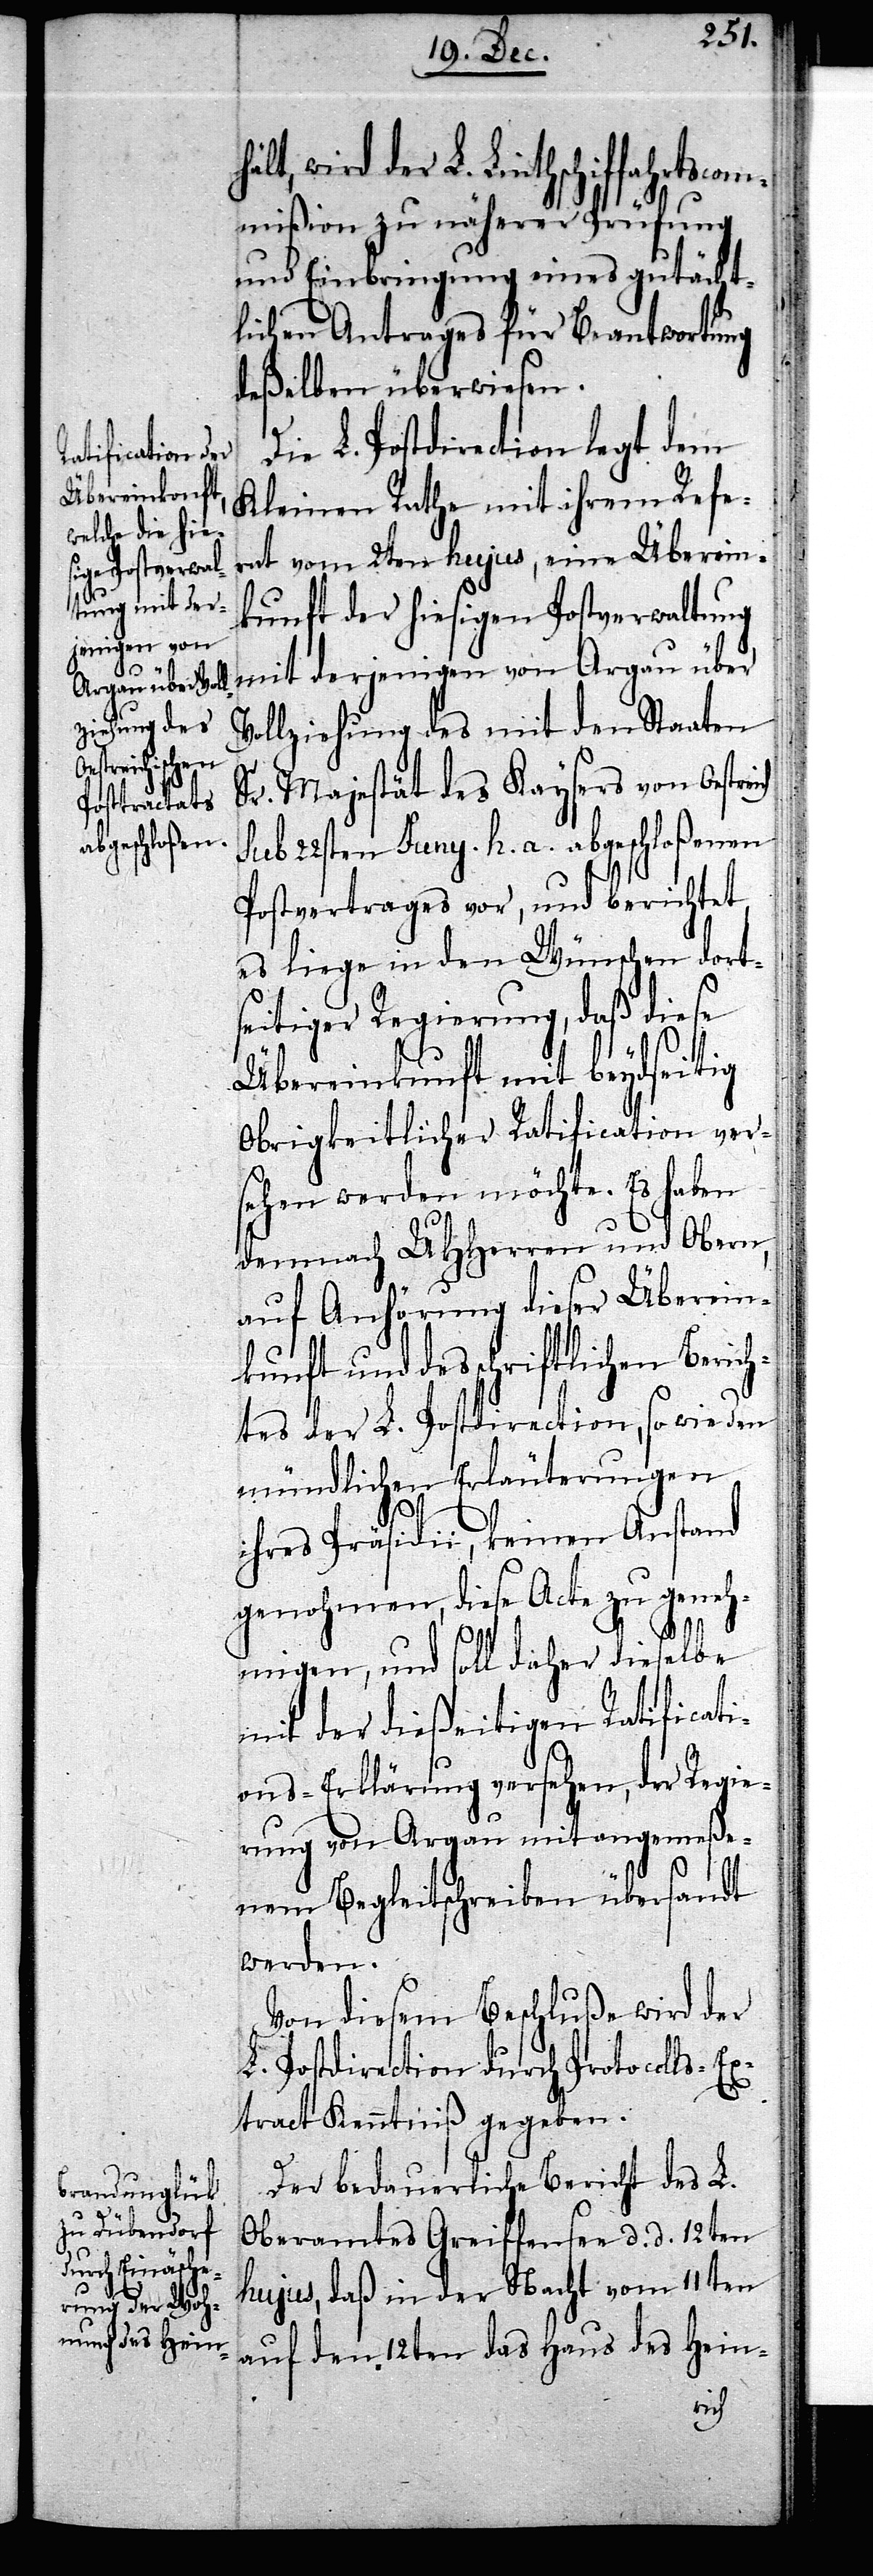
wird der L. Linthschiffahrtscom¬
mißion zu näherer Prüfung
und Einbringung eines gutächt¬
lichen Antrages für Beantwortung
deßelben überwiesen.
Die L. Postdirection legt dem
Kleinen Rathe mit ihrem Refe¬
rat vom 2ten hujus, eine Überein¬
kunft der hiesigen Postverwaltung
mit derjenigen von Argau über
Vollziehung des mit den Staaten
Sr. Majestät des Kaysers von Oestr¬
sub 22sten Juny h. a. abgeschloßenen
Postvertrages vor, und berichtet,
es liege in den Wünschen dort¬
seitiger Regierung, daß diese
Überkeinkunft mit beydseitig
Obrigkeitlicher Ratification ver¬
sehen werden möchte. Es haben
demnach UHHerren und Obern,
auf Anhörung dieser Überein¬
kunft und des schriftlichen Berich¬
tes der L. Postdirection, so wie den
mündlichen Erläuterungen
ihres Präsidii, keinen Anstand
genohmen, diese Acte zu geneh¬
migen, und soll daher dieselbe
mit der dießeitigen Ratificati¬
ons-Erklärung versehen, der Regie¬
rung von Argau mit angemeße¬
nem Begleitschreiben übersandt
werden.
Von diesem Beschluße wird der
L. Postdirection durch Protocolls-E¬
xtract Kenntniß gegeben.
Der bedauerliche Bericht des L.
Oberamtes Greiffensee d. d. 12ten
hujus, daß in der Nacht vom 11ten
auf den 12ten das Haus des Hein-
eich